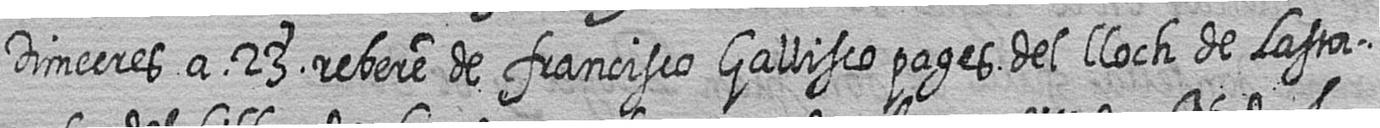
Dimecres a 23 rebere de francisco Gallisco pages del lloch de Lasta=